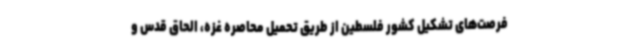
فرصت‌های تشکیل کشور فلسطین از طریق تحمیل محاصره‌ غزه، الحاق قدس و